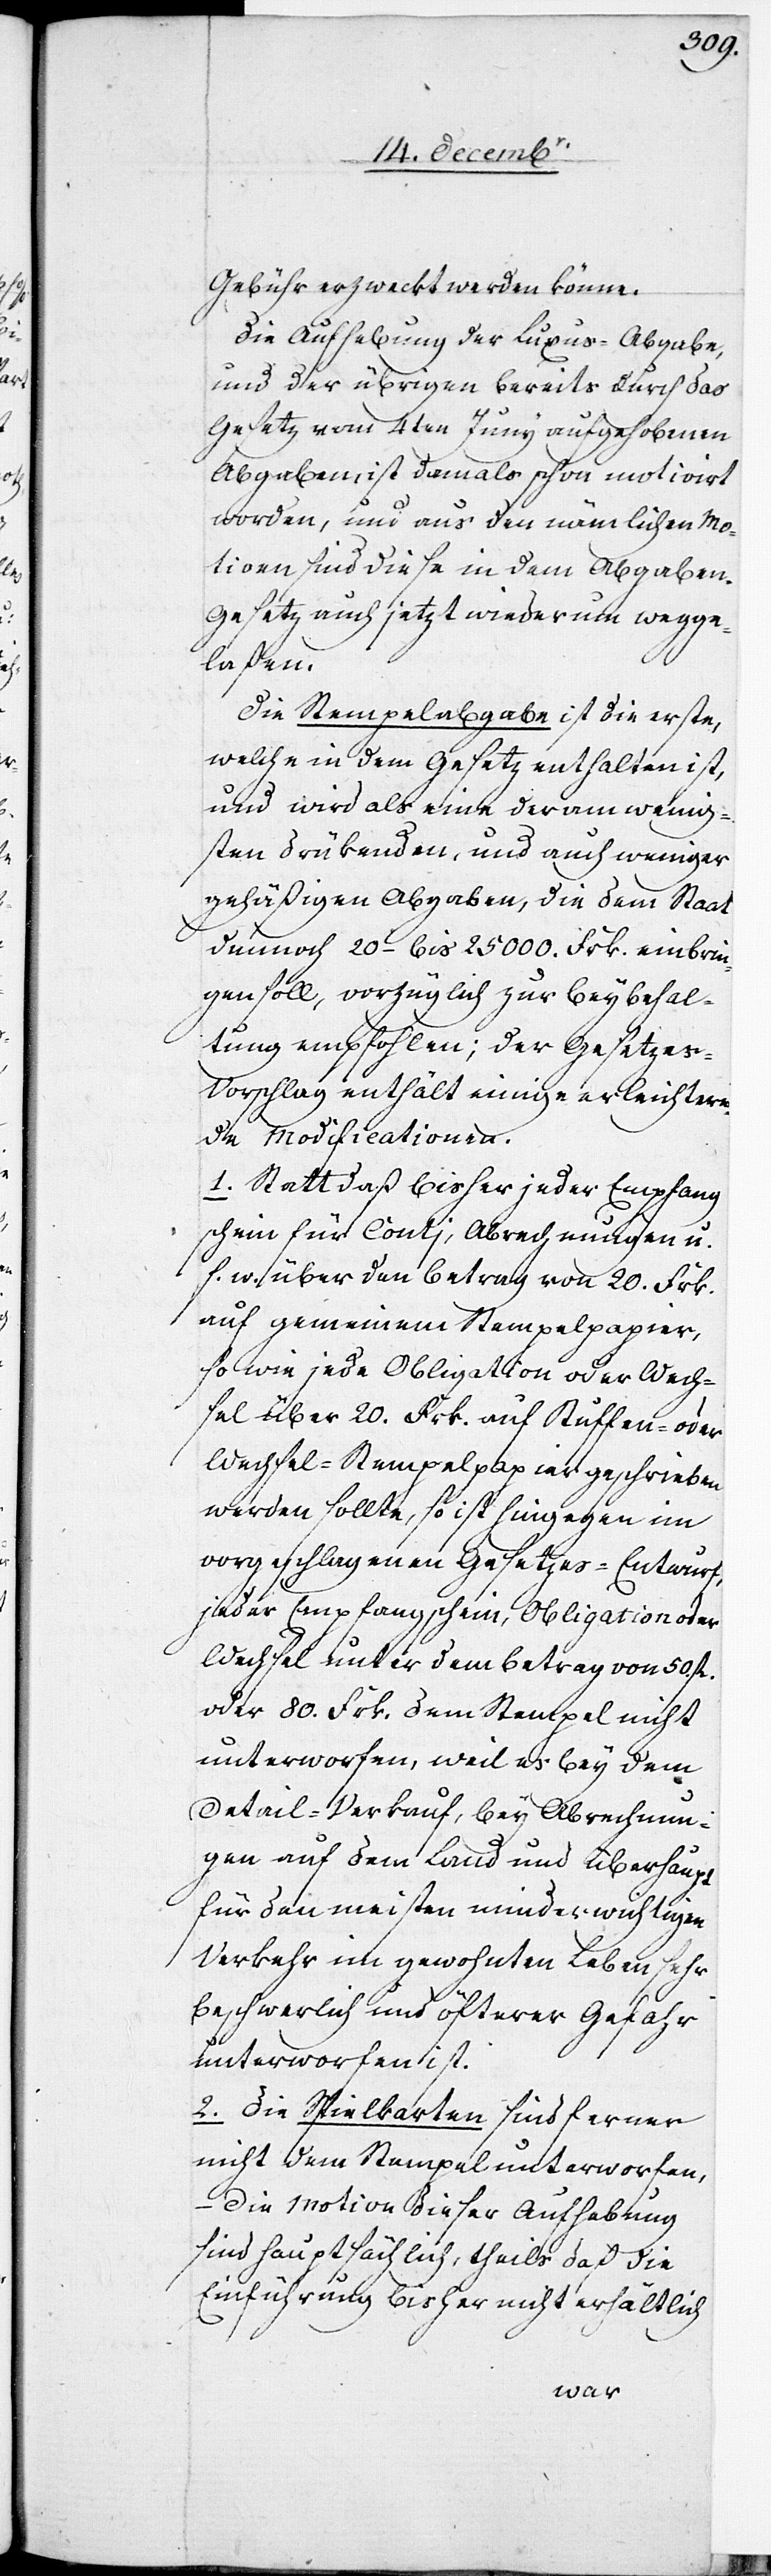
Gebühr erzweckt werden könne.
Die Aufhebung der Luxus-Abgabe,
und der übrigen bereits durch das
Gesetz vom 4ten Juny aufgehobenen
Abgaben, ist damals schon motivirt
worden, und aus den nämlichen Mo¬
tiven sind diese in dem Abgaben-G¬
esetz auch jetzt wiederum wegge¬
laßen.
Die Stempelabgabe ist die erste,
welche in dem Gesetz enthalten ist,
und wird als eine der am wenig¬
sten drükenden, und auch weniger
gehäßigen Abgaben, die dem Staat
dennoch 20– bis 25 000. Frk. einbrin¬
gen soll, vorzüglich zur Beybehal¬
tung empfohlen; der Gesetze¬
s-Vorschlag enthält einige erleichtern¬
de Modificationen.
1. Statt daß bisher jeder Empfang¬
schein für Conti, Abrechnungen u.
s. w. über den Betrag von 20. Frk.
auf gemeinem Stempelpapier,
so wie jede Obligation oder Wech¬
sel über 20. Frk. auf Stuffen- oder
Wechsel-Stempelpapier geschrieben
werden sollte, so ist hingegen im
vorgeschlagenen Gesetzes-Entwurf,
jeder Empfangschein, Obligation oder
Wechsel unter dem Betrag von 50. fl.
oder 80. Frk. dem Stempel nicht
unterworfen, weil es bey dem
Detail-Verkauf, bey Abrechnun¬
gen auf dem Land und überhaupt
für den meisten minderwichtigen
Verkehr im gewohnten Leben sehr
beschwerlich und öfterer Gefahr
unterworfen ist.
2. Die Spielkarten sind ferner
nicht dem Stempel unterworfen,
die Motion dieser Aufhebung
sind hauptsächlich, theils daß die
Einführung bisher nicht erhältlich